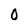
Character: 0